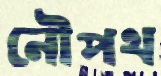
নৌপথ